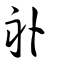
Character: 畒